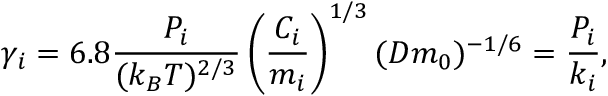
\gamma _ { i } = 6 . 8 \frac { P _ { i } } { ( k _ { B } T ) ^ { 2 / 3 } } \left( \frac { C _ { i } } { m _ { i } } \right) ^ { 1 / 3 } ( D m _ { 0 } ) ^ { - 1 / 6 } = \frac { P _ { i } } { k _ { i } } ,